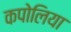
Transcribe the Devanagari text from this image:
कपोलिया